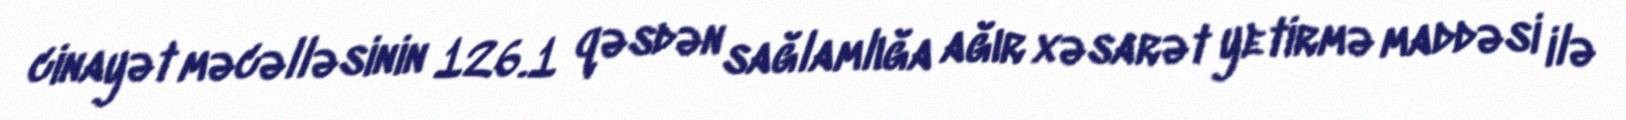
cinayət məcəlləsinin 126.1 qəsdən sağlamlığa ağır xəsarət yetirmə maddəsi ilə